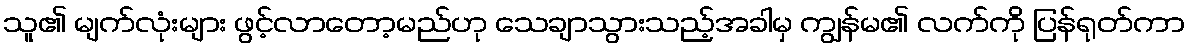
သူ၏ မျက်လုံးများ ဖွင့်လာတော့မည်ဟု သေချာသွားသည့်အခါမှ ကျွန်မ၏ လက်ကို ပြန်ရုတ်ကာ